Indian journal of veterinary science and animal husbandry - Volume 11,
Year: 1941
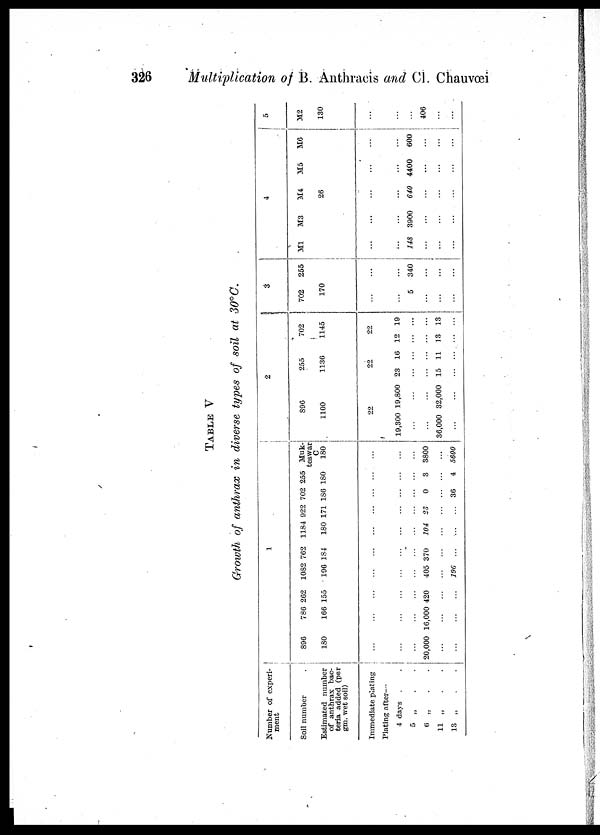
326
Multiplication of B. Anthracis and Cl. Chauvœi
TABLE V
Growth of anthrax in diverse types of soil at 30°C.
Number of experi-
ment
Soil number
Estimated number
of anthrax bac-
teria added (per
gm. wet soil)
Immediate plating
Plating after—
4 days . .
5 „ . .
6 „ . .
11 „ . .
13 „ . .
1
896
180
...
...
...
20,000
...
...
786
166
...
...
...
16,000
...
...
262
155
...
...
...
420
...
...
1082
196
...
...
...
405
...
196
762
184
...
...
...
370
...
...
1184
180
...
...
...
104
...
...
922
171
...
...
...
23
...
...
702
186
...
...
...
0
...
36
255
180
...
...
...
3
...
4
Muk¬
teswar
C
180
...
...
...
3800
...
5600
2
896
1100
22
19,300
...
...
36,000
...
19,800
...
...
32,000
...
255
1136
22
23
...
...
15
...
16
...
...
11
...
702
1145
22
12
...
...
13
...
19
...
...
13
...
3
702
170
...
...
5
...
...
...
255
...
...
340
...
...
...
4
M1
...
...
148
...
...
...
M3
...
...
3900
...
...
...
M4
26
...
...
640
...
...
...
M5
...
...
4400
...
...
...
M6
...
...
600
...
...
...
5
M2
130
...
...
...
406
...
...